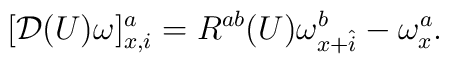
[{\cal D}(U)\omega]_{x,i}^a = R^{ab}(U) \omega_{x+\hat{i}}^b - \omega_x^a  .